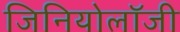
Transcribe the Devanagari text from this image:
जिनियोलॉजी